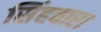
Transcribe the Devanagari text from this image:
सिंहवारा